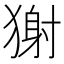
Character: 𤠭